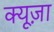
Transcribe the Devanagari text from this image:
क्यूज़ा